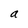
Character: a